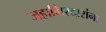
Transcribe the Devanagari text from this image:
जहागिरदारांना